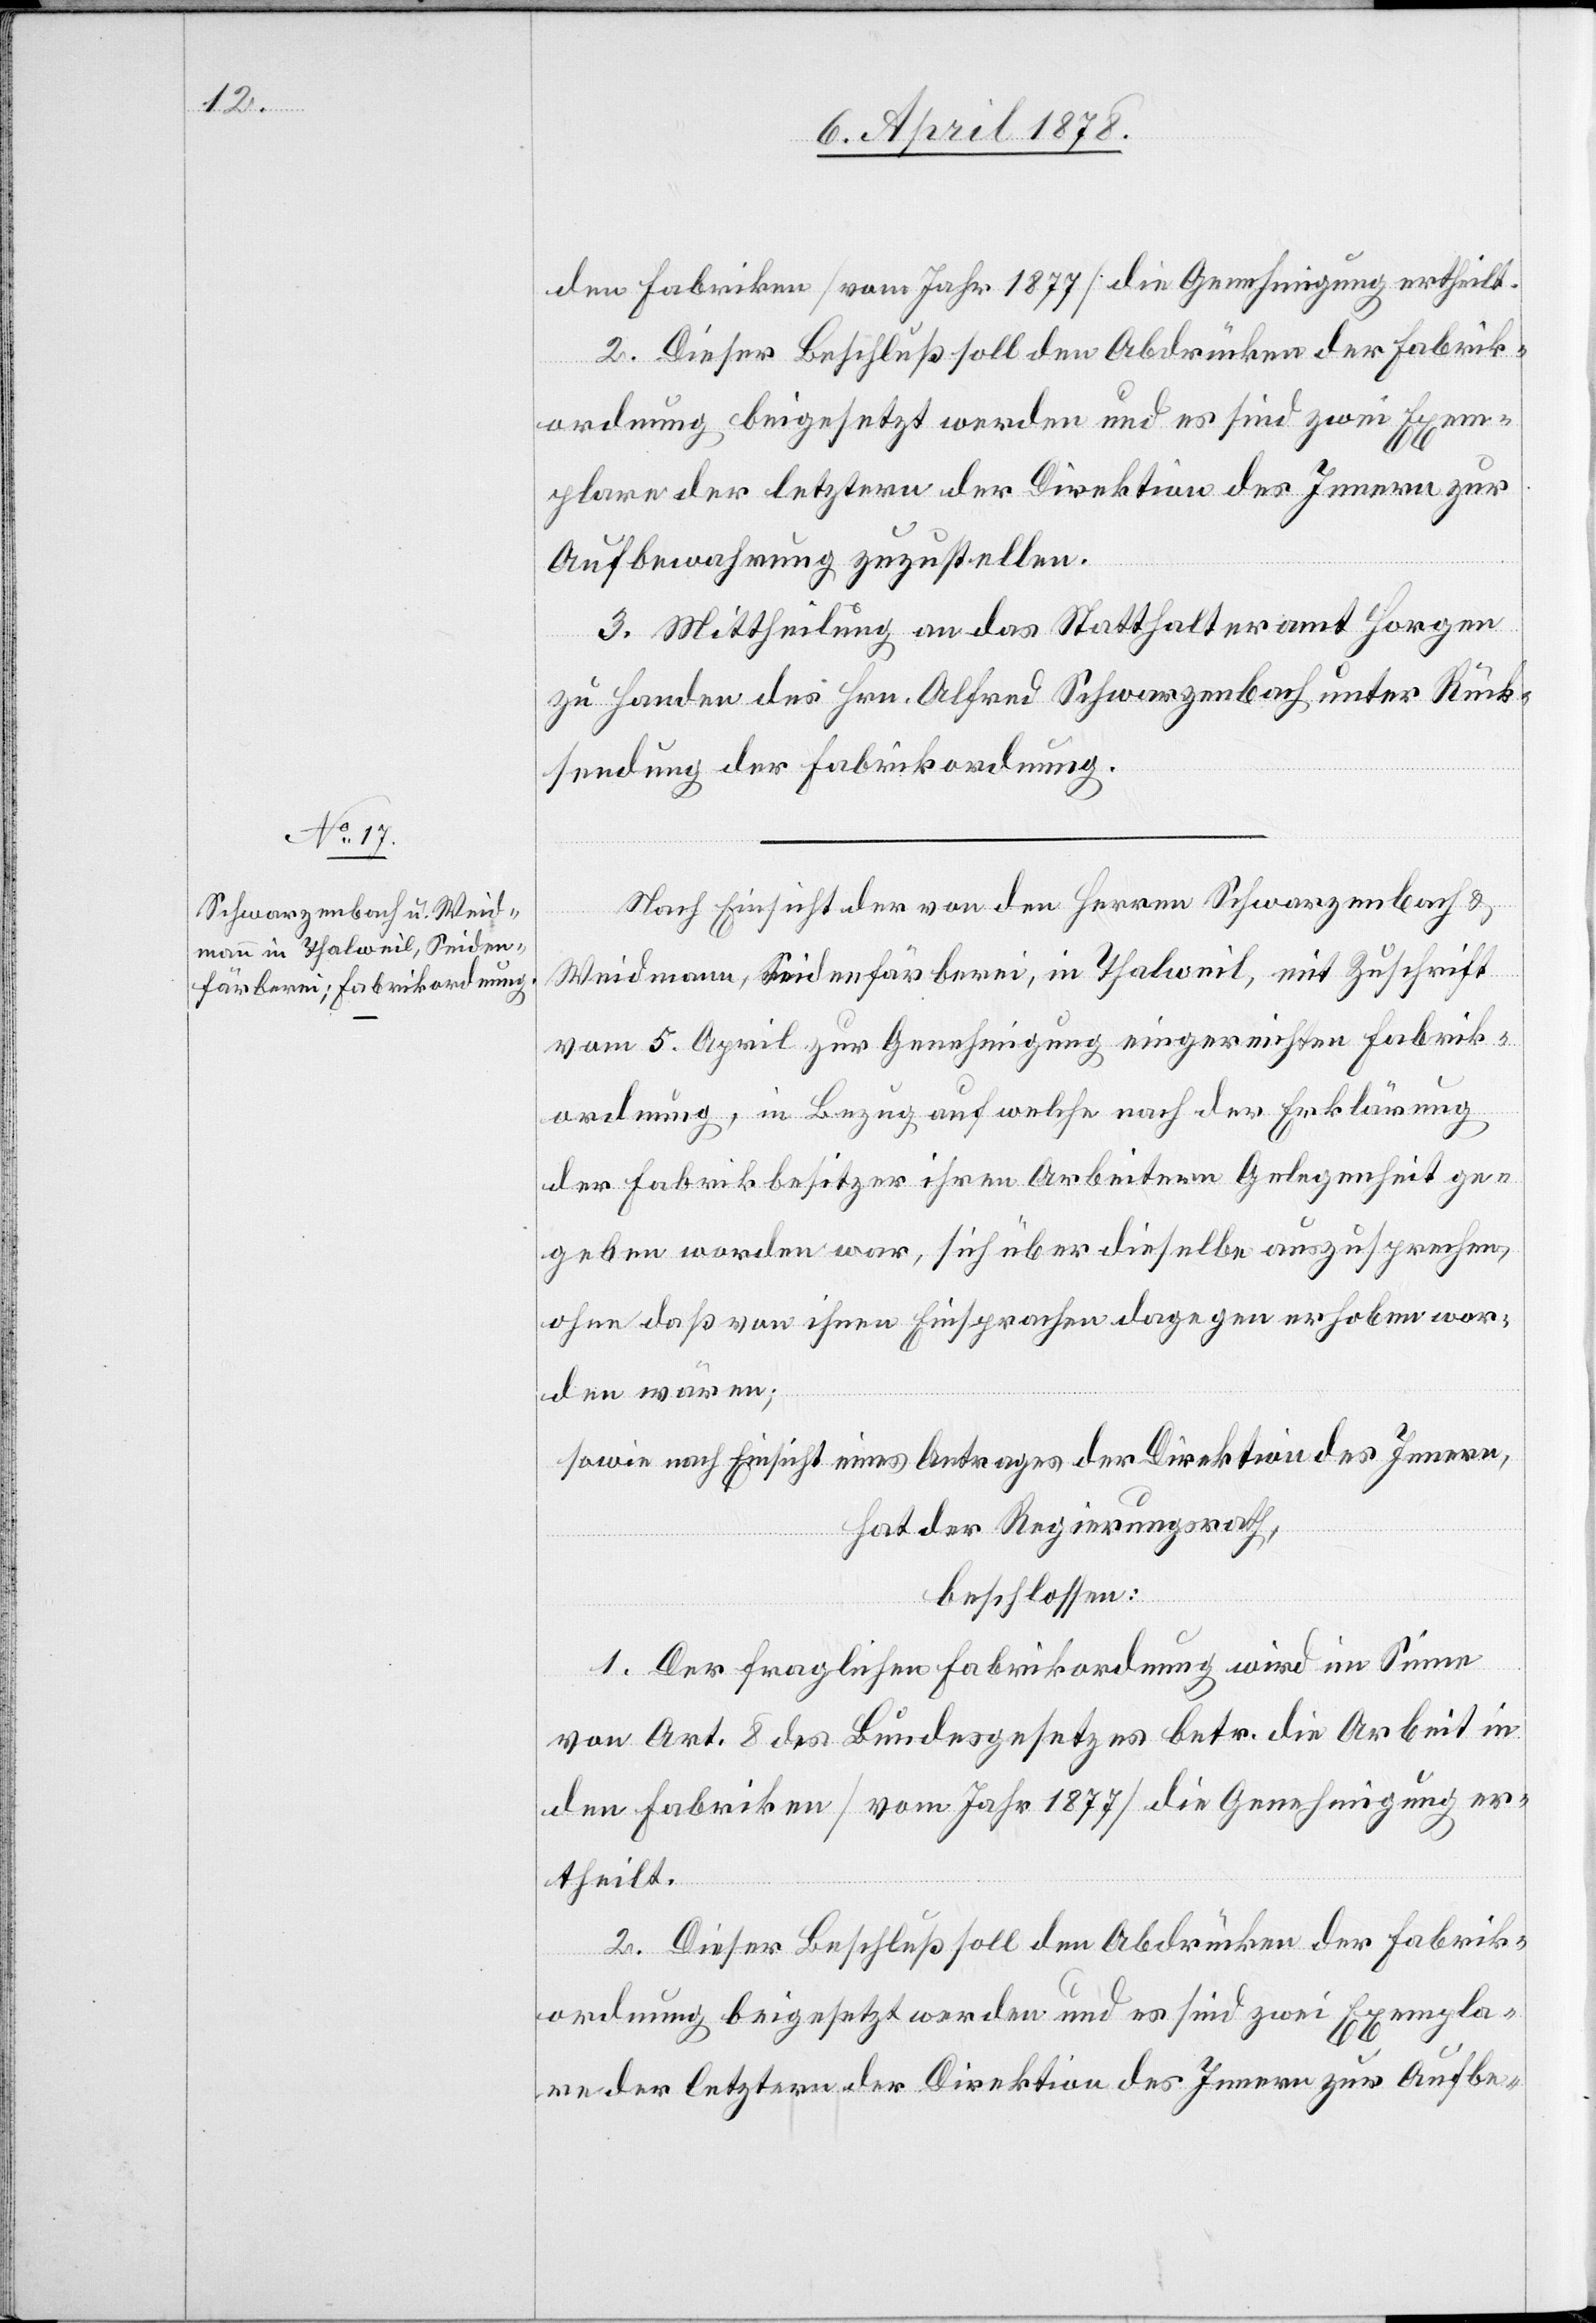
Fabrik¬

den Fabriken (vom Jahr 1877) die Genehmigung ertheilt.
2. Dieser Beschluß soll den Abdrücken der gemäß
ordnung beigesetzt werden und es sind zwei Exem¬
plare der letztern der Direktion des Innern zur
Aufbewahrung zuzustellen.
3. Mittheilung an das Statthalteramt Horgen
zu Handen des Hrn. Alfred Schwarzenbach unter Rück¬
sendung ihrer Fabrikordnung.
Nach Einsicht der von den Herren Schwarzenbach &
Weidmann, Seidenfärberei, in Thalweil, mit Zuschrift
vom 5. April zur Genehmigung eingereichten Fabrik¬
ordnung, in Bezug auf welche nach der Erklärung
der Fabrikbesitzer ihren Arbeitern Gelegenheit ge¬
geben worden war, sich über dieselbe auszusprechen,
ohne daß von ihnen Einsprachen dagegen erhoben wor¬
den wären;
sowie nach Einsicht eines Antrages der Direktion des Innern,
hat der Regierungsrath,
beschlossen:
1. Der fraglichen Fabrikordnung wird im Sinne
von Art. 8 des Bundesgesetzes betr. die Arbeit in
ordnung beigesetzt werden und es sind zwei Exempla¬
re der letztern der Direktion des Innern zur Aufbe-